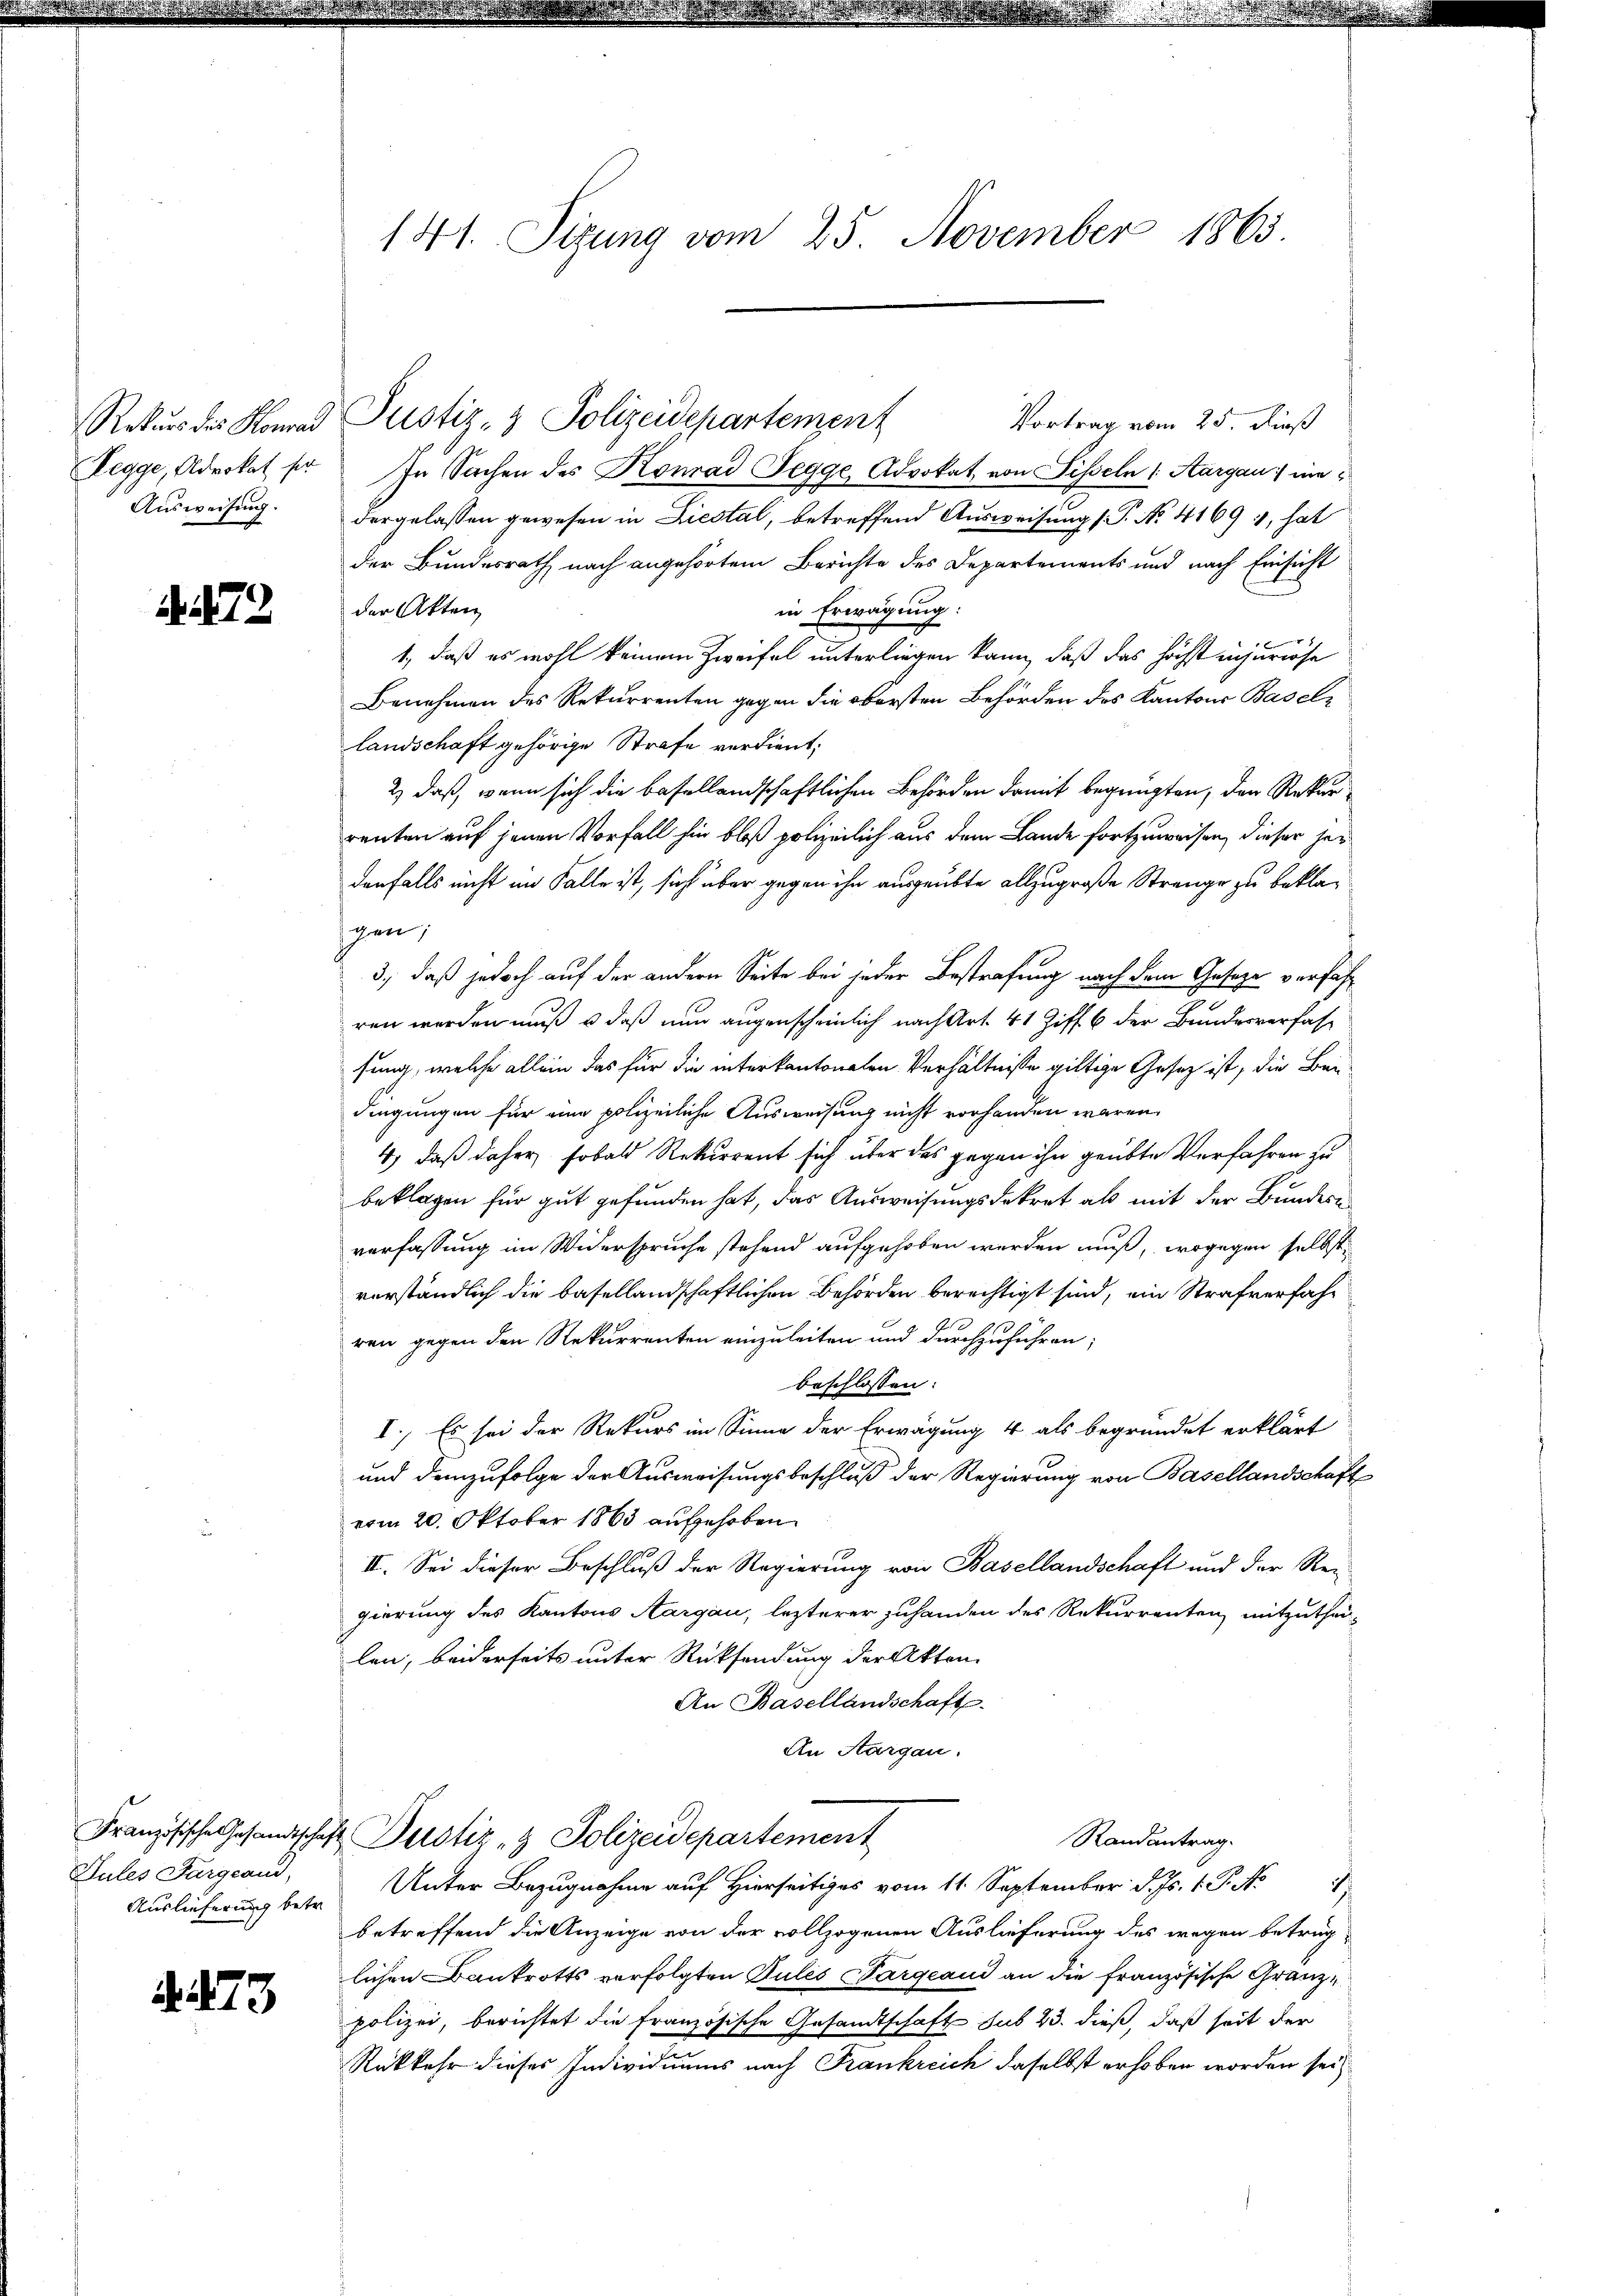
Ausweisung.

A 72

Rekurs des Hemad Justiz- & Polizeidepartement
Vortrag vom 25. Riß
Legge, Advokat pr. In Sachen des Konrad Segge, Advokat von Sisseln 1. Aargau indergelassen gewesen in Liestal, betreffend Ausweisung (T. No. 41691, hat
der Bundesrath nach angehörtem Berichte des Departements und nach Einsicht
der Akten
in Erwägung:
1., daß es wohl keinem Zweifel unterliegen kann, daß das höchst injuriöse
Benehmen des Rekurrenten gegen die obersten Behörden des Kantons Baselz
landschaft gehörige Strafe verdient;
2) daß, wenn sich die basellandschaftlichen Behörden damit begnügten, den Rekurrenten auf jenen Vorfall hin bloß polizeilich aus dem Lande fortzuweisen, dieser herdenfalls nicht im Falle ist, sich über gegen ihn ausgeübte allzugroße Strange zu beklaichen,
3., daß jedoch auf der andern Seite bei jeder Bestrafung nach dem Gesetze verfahren worden muß & daß nun augenscheinlich nach Art. 41 Ziff. 6 der Bundesverfas-
sung, welche allein das für die interkantonalen Verhältnisse giltige Gesetz ist, die Beidingungen für eine polizeiliche Ausweisung nicht vorhanden wären.
4) daß daher, sobald Rekurrent sich über das gegen ihn geübte Verfahren zu
beklagen für gut gefunden hat, das Ausweisungsdekret als mit der Bundern
verfassung im Widerspruche stehend aufgehoben werden muß, wogegen selbst
vorständlich die basellandschaftlichen Behörden berechtigt sind, ein Strafverfahr
ren gegen den Rekurrenten einzuleiten und durchzuführen;
beschlossen:
I.) Es sei der Rekurs im Sinne der Erwägung 4 als begründet erklärt
und demzufolge der Ausweisungsbeschluß der Regierung von Basellandschaft
vom 20. Oktober 1863 aufgehoben.
II. Sei dieser Beschluß der Regierung von Basellandschaft und der Rei
gierung des Kantons Aargau, lezterer zuhanden des Rekurrenten, mitzuthei-
len, beiderseits unter Rücksendung der Akten.
An Basellandschaft.
An Aargau.
Französische Gesandtschaft Zustiz & Polizeidepartement
Randantrag.
Unter Bezugnahme auf Hierseitiges vom 11. September d. Js. 1. P. No 1
betreffend die Anzeige von der vollzogenen Auslieferung des wegen beträg
lichen Bankrotts verfolgten Julés Pargeaud an die französische Granz-
polizei, berichtet die französische Gesandtschaft sub 23. dieß, daß seit der
Rükkehr dieses Individuums nach Frankreich daselbst erhoben worden sei

Jules Fargcaud,
Auslieferung betr.

. 73

141. Sizung vom 25. November 1865.